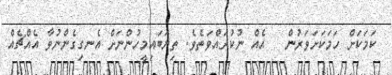
ކަމަކަށް ހަމަކަށަވަރުން   އެއް ނުކުރައްވަތެވެ. ތިޔަބައިމީހުންނަށް އެނގިގެންނުވާ އެއްޗެއް